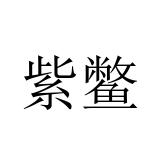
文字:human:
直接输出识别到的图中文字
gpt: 紫鳖